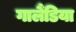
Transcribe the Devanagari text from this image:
गालैंडिया